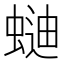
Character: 𰳌